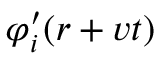
\varphi _ { i } ^ { \prime } ( \boldsymbol { r } + \boldsymbol { v } t )